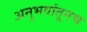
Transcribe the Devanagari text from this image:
अनुभवांतूनच